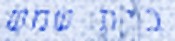
בית שמש